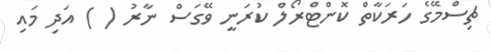
ޗިސްމޭގެ ހަރަކާތް ކޮންޓްރޯލް ކުރަނީ ވޭގަސް ނާރު ( ) އަދި މައި